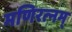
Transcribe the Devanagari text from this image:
मणिरत्‍नम्